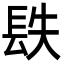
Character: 镻